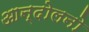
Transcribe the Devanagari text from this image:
आन्दोलनो